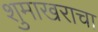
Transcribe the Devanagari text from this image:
शुमाखराचा